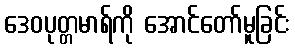
ဒေဝပုတ္တမာရ်ကို အောင်တော်မူခြင်း